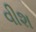
વીશ